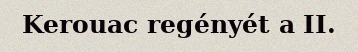
Kerouac regényét a II.